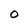
Character: O